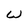
Character: W